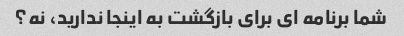
شما برنامه ای برای بازگشت به اینجا ندارید، نه؟